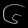
Digit: ၆